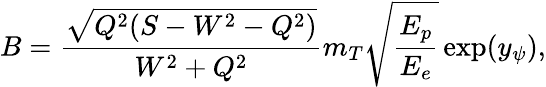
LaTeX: B=\frac{\sqrt{Q^{2}(S-W^{2}-Q^{2})}}{W^{2}+Q^{2}}m_{T}\sqrt\frac{E_{p}}{E_{e}}\exp(y_{\psi}),